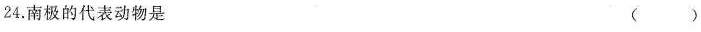
24.南极的代表动物是 ( )